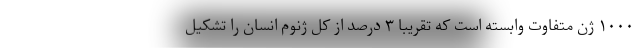
۱۰۰۰ ژن متفاوت وابسته است که تقریبا ۳ درصد از کل ژنوم انسان را تشکیل